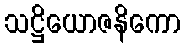
သဋ္ဌိယောဇနိကော